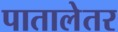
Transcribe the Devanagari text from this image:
पातालेतर